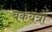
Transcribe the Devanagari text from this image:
बकयंत्रों